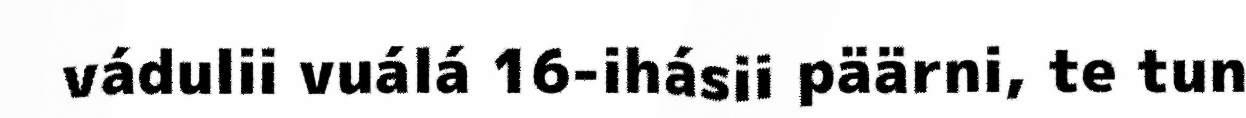
vádulii vuálá 16-ihásii päärni, te tun